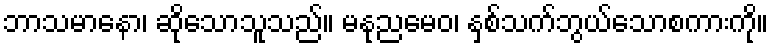
ဘာသမာနော၊ ဆိုသောသူသည်။ မနုညမေဝ၊ နှစ်သက်ဘွယ်သောစကားကို။